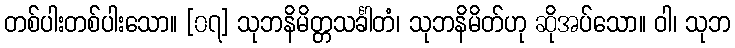
တစ်ပါးတစ်ပါးသော။ [၀၇] သုဘနိမိတ္တသင်္ခါတံ၊ သုဘနိမိတ်ဟု ဆိုအပ်သော။ ဝါ၊ သုဘ